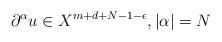
LaTeX: \begin{align*}\partial^\alpha u\in X^{m+d+N-1-\epsilon},|\alpha|=N\end{align*}